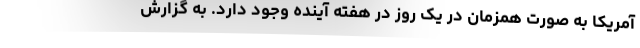
آمریکا به صورت همزمان در یک روز در هفته آینده وجود دارد. به گزارش